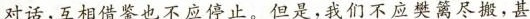
对话，互相借鉴也不应停止。但是,我们不应樊篱尽搬，甚